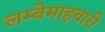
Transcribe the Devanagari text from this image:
लम्बेमाहवारी